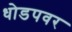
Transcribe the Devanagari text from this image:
धोडपवर